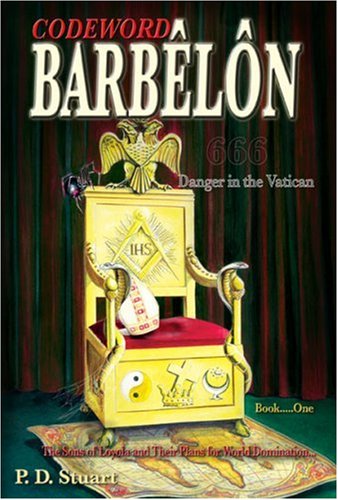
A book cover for Codeword Barbelon - Danger in the Vatican: The Sons of Loyola and Their Plans for World Domination.... (Bk. 1); P.D. Stuart; Religion & Spirituality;